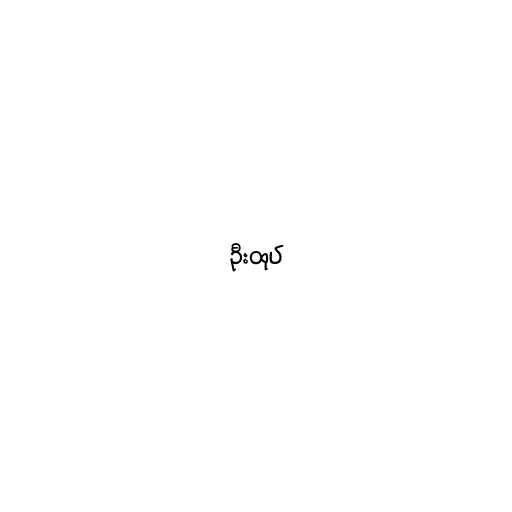
ဦးထုပ်